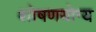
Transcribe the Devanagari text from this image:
शोषणयोग्य